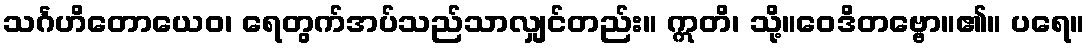
သင်္ဂဟိတောယေဝ၊ ရေတွက်အပ်သည်သာလျှင်တည်း။ ဣတိ၊ သို့။ဝေဒိတဗ္ဗော။၏။ ပရေ။